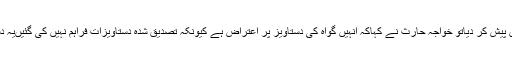
گواہ نے بنک کورنگ لیٹر بھی عدالت میں پیش کر دیاتو خواجہ حارث نے کہاکہ انہیں گواہ کی دستاویز پر اعتراض ہے کیونکہ تصدیق شدہ دستاویزات فراہم نہیں کی گئیںیہ دستاویزات تو کوئی بھی تیار کر سکتا ہے۔